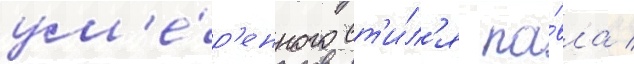
ум'е́р'енного ст'и́л'я па́вла /